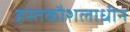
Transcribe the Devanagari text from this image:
हस्तकौशलाधीन